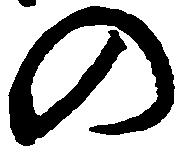
の